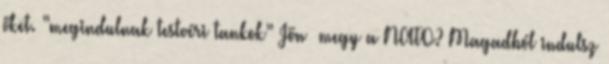
őket. “megindulnak testvéri tankok” Jön megy a NATO? Magadból indulsz